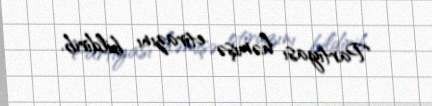
Partiyası həmişə etirazını bildirib.